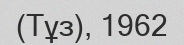
(Тұз), 1962